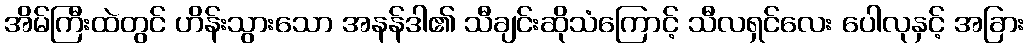
အိမ်ကြီးထဲတွင် ဟိန်းသွားသော အနန်ဒါ၏ သီချင်းဆိုသံကြောင့် သီလရှင်လေး ပေါလုနှင့် အခြား